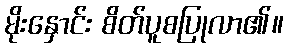
မိုးနှောင်း စိတ်ပူစပြုလာ၏။